Scientific memoirs by medical officers of the Army of India - Part IV,
Year: 1889
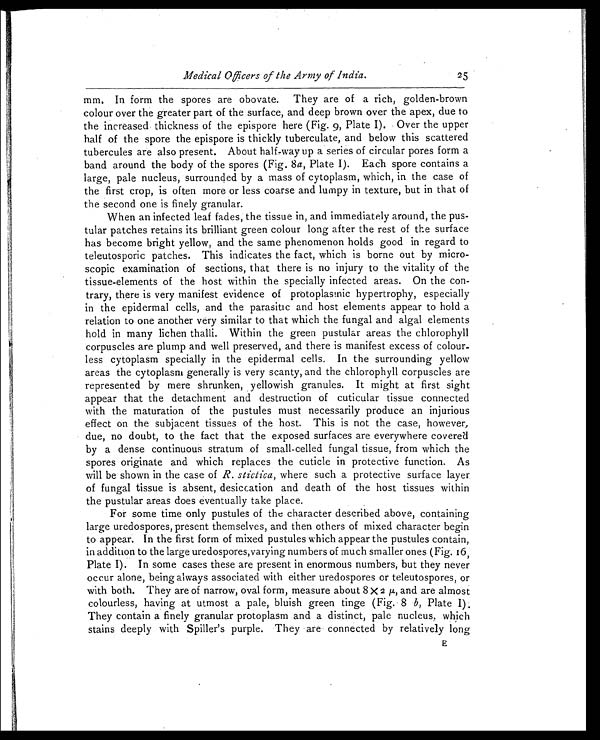
Medical Officers of the Army of India.
25
mm. In form the spores are obovate. They are of a rich, golden-brown
colour over the greater part of the surface, and deep brown over the apex, due to
the increased thickness of the epispore here (Fig. 9, Plate I). Over the upper
half of the spore the epispore is thickly tuberculate, and below this scattered
tubercules are also present. About half-way up a series of circular pores form a
band around the body of the spores (Fig. 8 a , Plate I). Each spore contains a
large, pale nucleus, surrounded by a mass of cytoplasm, which, in the case of
the first crop, is often more or less coarse and lumpy in texture, but in that of
the second one is finely granular.
When an infected leaf fades, the tissue in, and immediately around, the pus
-tular patches retains its brilliant green colour long after the rest of the surface
has become bright yellow, and the same phenomenon holds good in regard to
teleutosporic patches. This indicates the fact, which is borne out by micro
-scopic examination of sections, that there is no injury to the vitality of the
tissue-elements of the host within the specially infected areas. On the con
-trary, there is very manifest evidence of protoplasmic hypertrophy, especially
in the epidermal cells, and the parasitic and host elements appear to hold a
relation to one another very similar to that which the fungal and algal elements
hold in many lichen thalli. Within the green pustular areas the chlorophyll
corpuscles are plump and well preserved, and there is manifest excess of colour
-less cytoplasm specially in the epidermal cells. In the surrounding yellow
areas the cytoplasm generally is very scanty, and the chlorophyll corpuscles are
represented by mere shrunken, yellowish granules. It might at first sight
appear that the detachment and destruction of cuticular tissue connected
with the maturation of the pustules must necessarily produce an injurious
effect on the subjacent tissues of the host. This is not the case, however,
due, no doubt, to the fact that the exposed surfaces are everywhere covered
by a dense continuous stratum of small-celled fungal tissue, from which the
spores originate and which replaces the cuticle in protective function. As
will be shown in the case of R. stictica, where such a protective surface layer.
of fungal tissue is absent, desiccation and death of the host tissues within
the pustular areas does eventually take place.
For some time only pustules of the character described above, containing
large uredospores, present themselves, and then others of mixed character begin
to appear. In the first form of mixed pustules which appear the pustules contain,
in addition to the large uredospores,varying numbers of much smaller ones (Fig. 16,
Plate I). In some cases these are present in enormous numbers, but they never
occur alone, being always associated with either uredospores or teleutospores, or
with both. They are of narrow, oval form, measure about 8 X 2 µ, and are almost
colourless, having at utmost a pale, bluish green tinge (Fig. .8 b, Plate I).
They contain a finely granular protoplasm and a distinct, pale nucleus, which
stains deeply with Spiller's purple. They are connected by relatively long